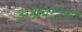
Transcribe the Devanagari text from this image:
अश्रयदाता